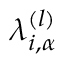
\lambda _ { i , \alpha } ^ { ( l ) }